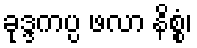
ခုဒ္ဒကပ္ပ ဖလာ နိစ္စံ၊